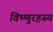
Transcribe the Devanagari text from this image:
विष्णुरहस्य